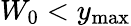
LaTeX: W_{0}<y_{\mathrm{{max}}}